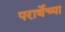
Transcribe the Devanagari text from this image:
परार्थेच्या